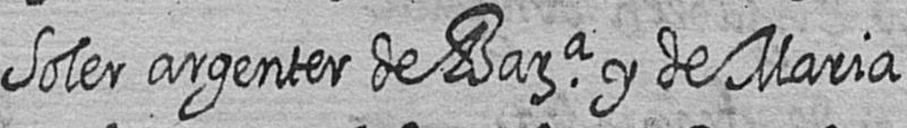
Soler argenter de Bara y de Maria